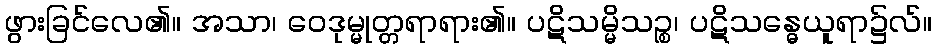
ဖွားခြင်လေ၏။ အသာ၊ ဝေဒုမ္မုတ္တရာရား၏။ ပဋိသမ္မိသဉ္စ၊ ပဋိသန္ဓေယူရာ၌လ်။